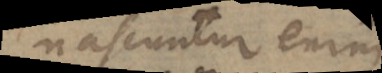
nascuntur enim